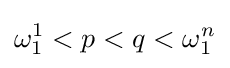
\omega _{1}^{1}<p<q<\omega _{1}^{n}